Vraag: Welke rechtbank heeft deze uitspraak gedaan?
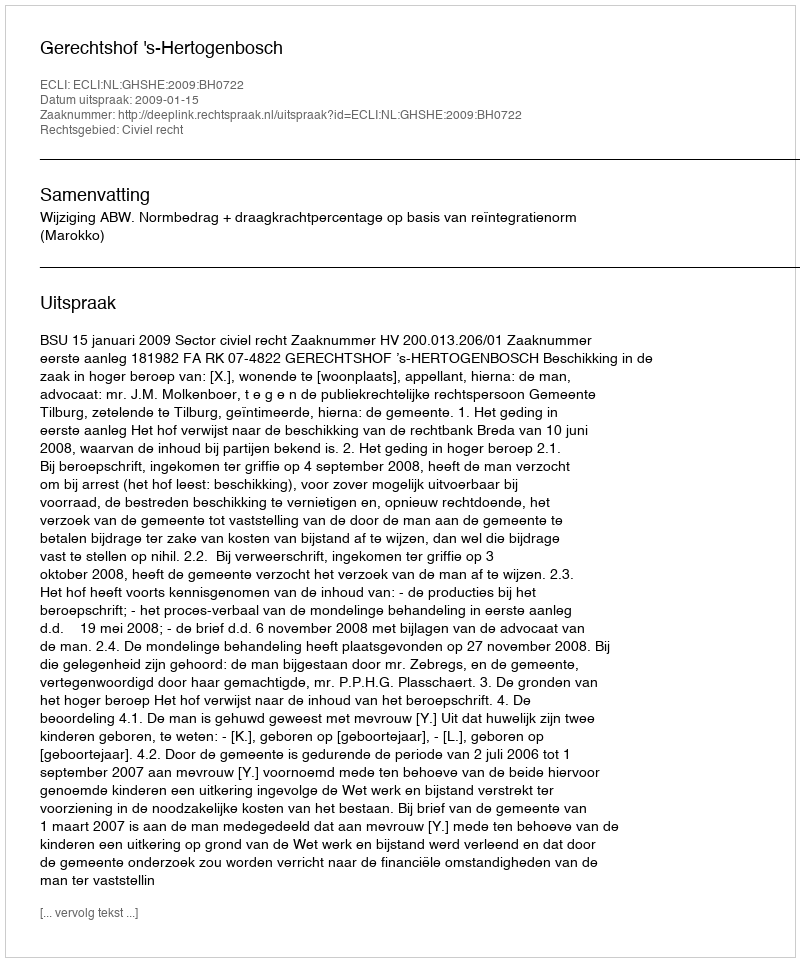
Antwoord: Gerechtshof 's-Hertogenbosch